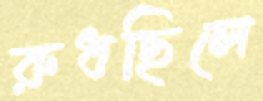
রুধছিলে